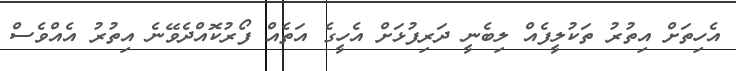
އެހިތަށް އިތުރު ތަކުލީފެއް ލިބެނީ ދަރިފުޅަށް އެހީގެ އަތެއް ފޯރުކޮއްދެވޭނެ އިތުރު އެއްވެސް